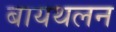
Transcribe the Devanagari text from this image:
बायथलन